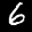
Label: 6